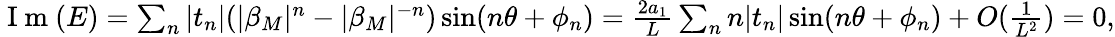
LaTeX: \begin{array}{r}{\mathrm{~I~m~}(E)=\sum_{n}|t_{n}|(|\beta_{M}|^{n}-|\beta_{M}|^{-n})\sin(n\theta+\phi_{n})=\frac{2a_{1}}{L}\sum_{n}n|t_{n}|\sin(n\theta+\phi_{n})+O(\frac{1}{L^{2}})=0,}\end{array}